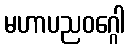
မဟာပညဝဂ္ဂေါ